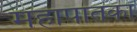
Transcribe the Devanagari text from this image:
महापातका